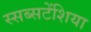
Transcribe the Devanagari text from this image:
स्सब्सटेंशिया